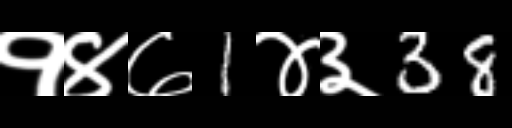
Text: १४७1४३38